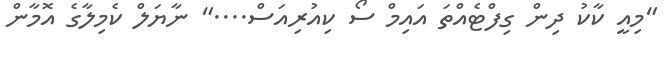
"މިއީ ކާކު ދިން ގިފްޓެއްތަ އައިމް ސޯ ކިއުރިއަސް...." ނާޔަލް ކެމިލާގެ އޮމާން